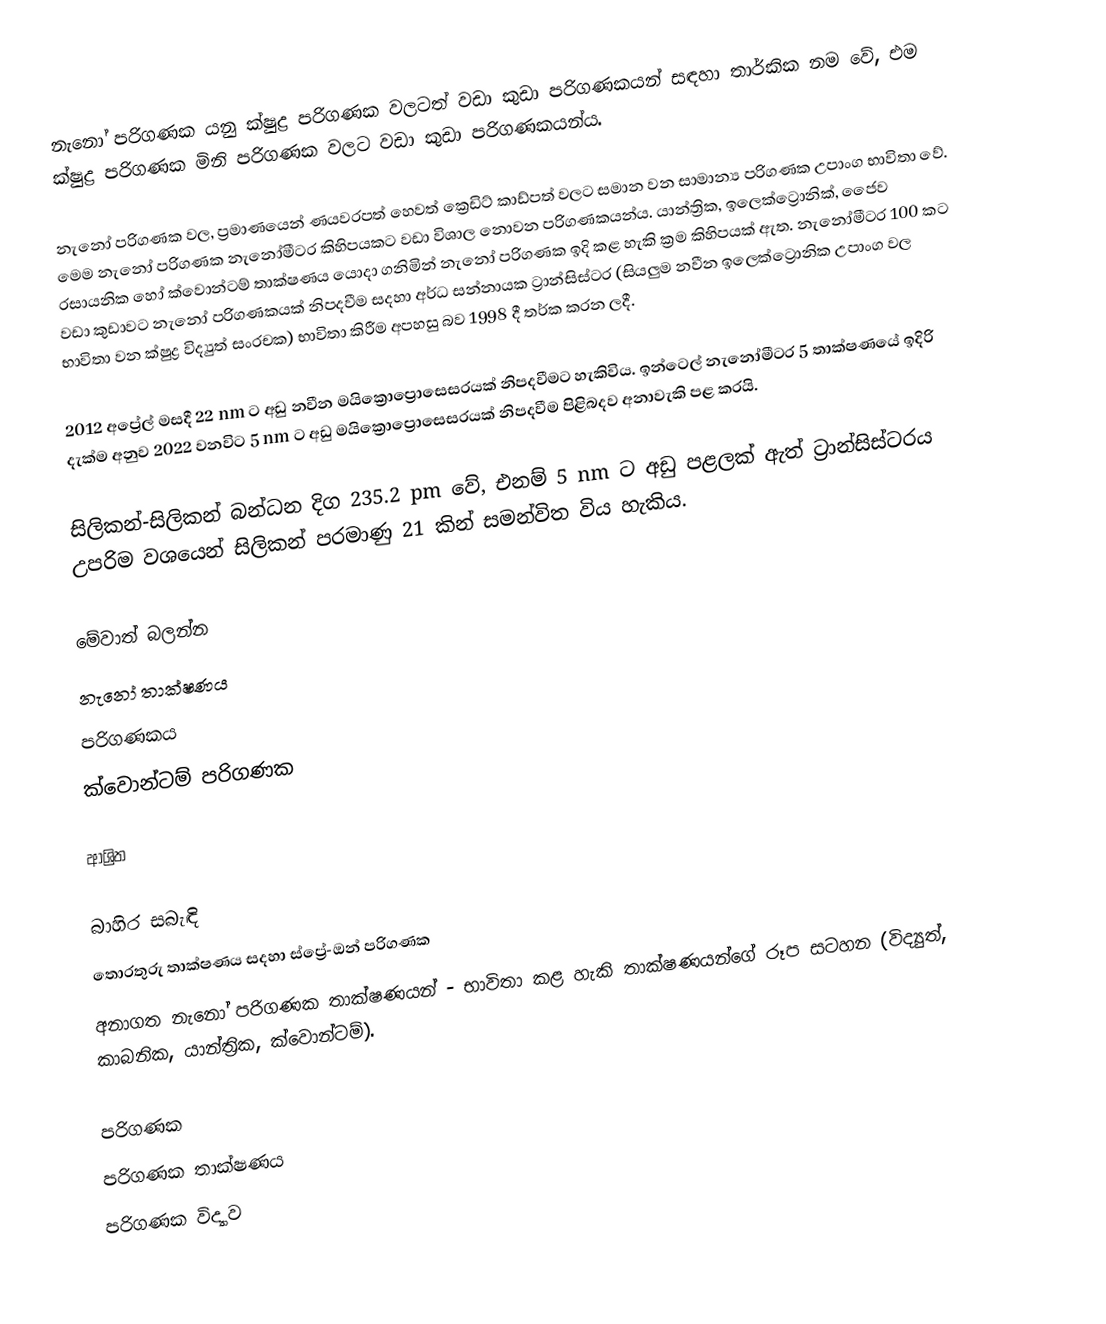
නැනෝ පරිගණක යනු ක්ෂුද්‍ර පරිගණක වලටත් වඩා කුඩා පරිගණකයන් සඳහා තාර්කික නම වේ, එම ක්ෂුද්‍ර පරිගණක මිනි පරිගණක වලට වඩා කුඩා පරිගණකයන්ය.

නැනෝ පරිගණක වල, ප්‍රමාණයෙන් ණයවරපත් හෙවත් ක්‍රෙඩිට් කාඩ්පත් වලට සමාන වන සාමාන්‍ය පරිගණක උපාංග භාවිතා වේ. මෙම නැනෝ පරිගණක නැනෝමීටර කිහිපයකට වඩා විශාල නොවන පරිගණකයන්ය. යාන්ත්‍රික, ඉලෙක්ට්‍රොනික්, ජෛව රසායනික හෝ ක්වොන්ටම් තාක්ෂණය යොදා ගනිමින් නැනෝ පරිගණක ඉදි කළ හැකි ක්‍රම කිහිපයක් ඇත. නැනෝමීටර 100 කට වඩා කුඩාවට නැනෝ පරිගණකයක් නිපදවීම සදහා අර්ධ සන්නායක ට්‍රාන්සිස්ටර (සියලුම නවීන ඉලෙක්ට්‍රොනික උපාංග වල භාවිතා වන ක්ෂුද්‍ර විද්‍යුත් සංරචක) භාවිතා කිරීම අපහසු බව 1998 දී තර්ක කරන ලදී.

2012 අප්‍රේල් මසදී 22 nm ට අඩු නවීන මයික්‍රොප්‍රොසෙසරයක් නිපදවීමට හැකිවිය. ඉන්ටෙල් නැනෝමීටර 5 තාක්ෂණයේ ඉදිරි දැක්ම අනුව 2022 වනවිට 5 nm ට අඩු මයික්‍රොප්‍රොසෙසරයක් නිපදවීම පිළිබදව අනාවැකි පළ කරයි.

සිලිකන්-සිලිකන් බන්ධන දිග 235.2 pm වේ, එනම් 5 nm ට අඩු පළලක් ඇත් ට්‍රාන්සිස්ටරය උපරිම වශයෙන් සිලිකන් පරමාණු 21 කින් සමන්විත විය හැකිය.

මේවාත් බලන්න
නැනෝ තාක්ෂණය
පරිගණකය
ක්වොන්ටම් පරිගණක

ආශ්‍රිත

බාහිර සබැඳි
 තොරතුරු තාක්ෂණය සදහා ස්ප්‍රේ-ඔන් පරිගණක
 අනාගත නැනෝ පරිගණක තාක්ෂණයන් - භාවිතා කළ හැකි තාක්ෂණයන්ගේ රූප සටහන (විද්‍යුත්, කාබනික, යාන්ත්‍රික, ක්වොන්ටම්).

පරිගණක
පරිගණක තාක්ෂණය
පරිගණක විද්‍යාව